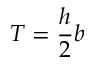
T = { \frac { h } { 2 } } b